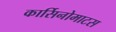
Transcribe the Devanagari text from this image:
कार्सिनोमाटस